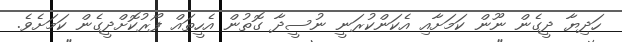
ހަދިޔާ ދީގެން ނޫން ކަމަށާއި އެކަންކުރަނީ ނުސީދާ ގޮތުން އެހީތައް ފޯރުކޮށްދީގެން ކަމަށެވެ.